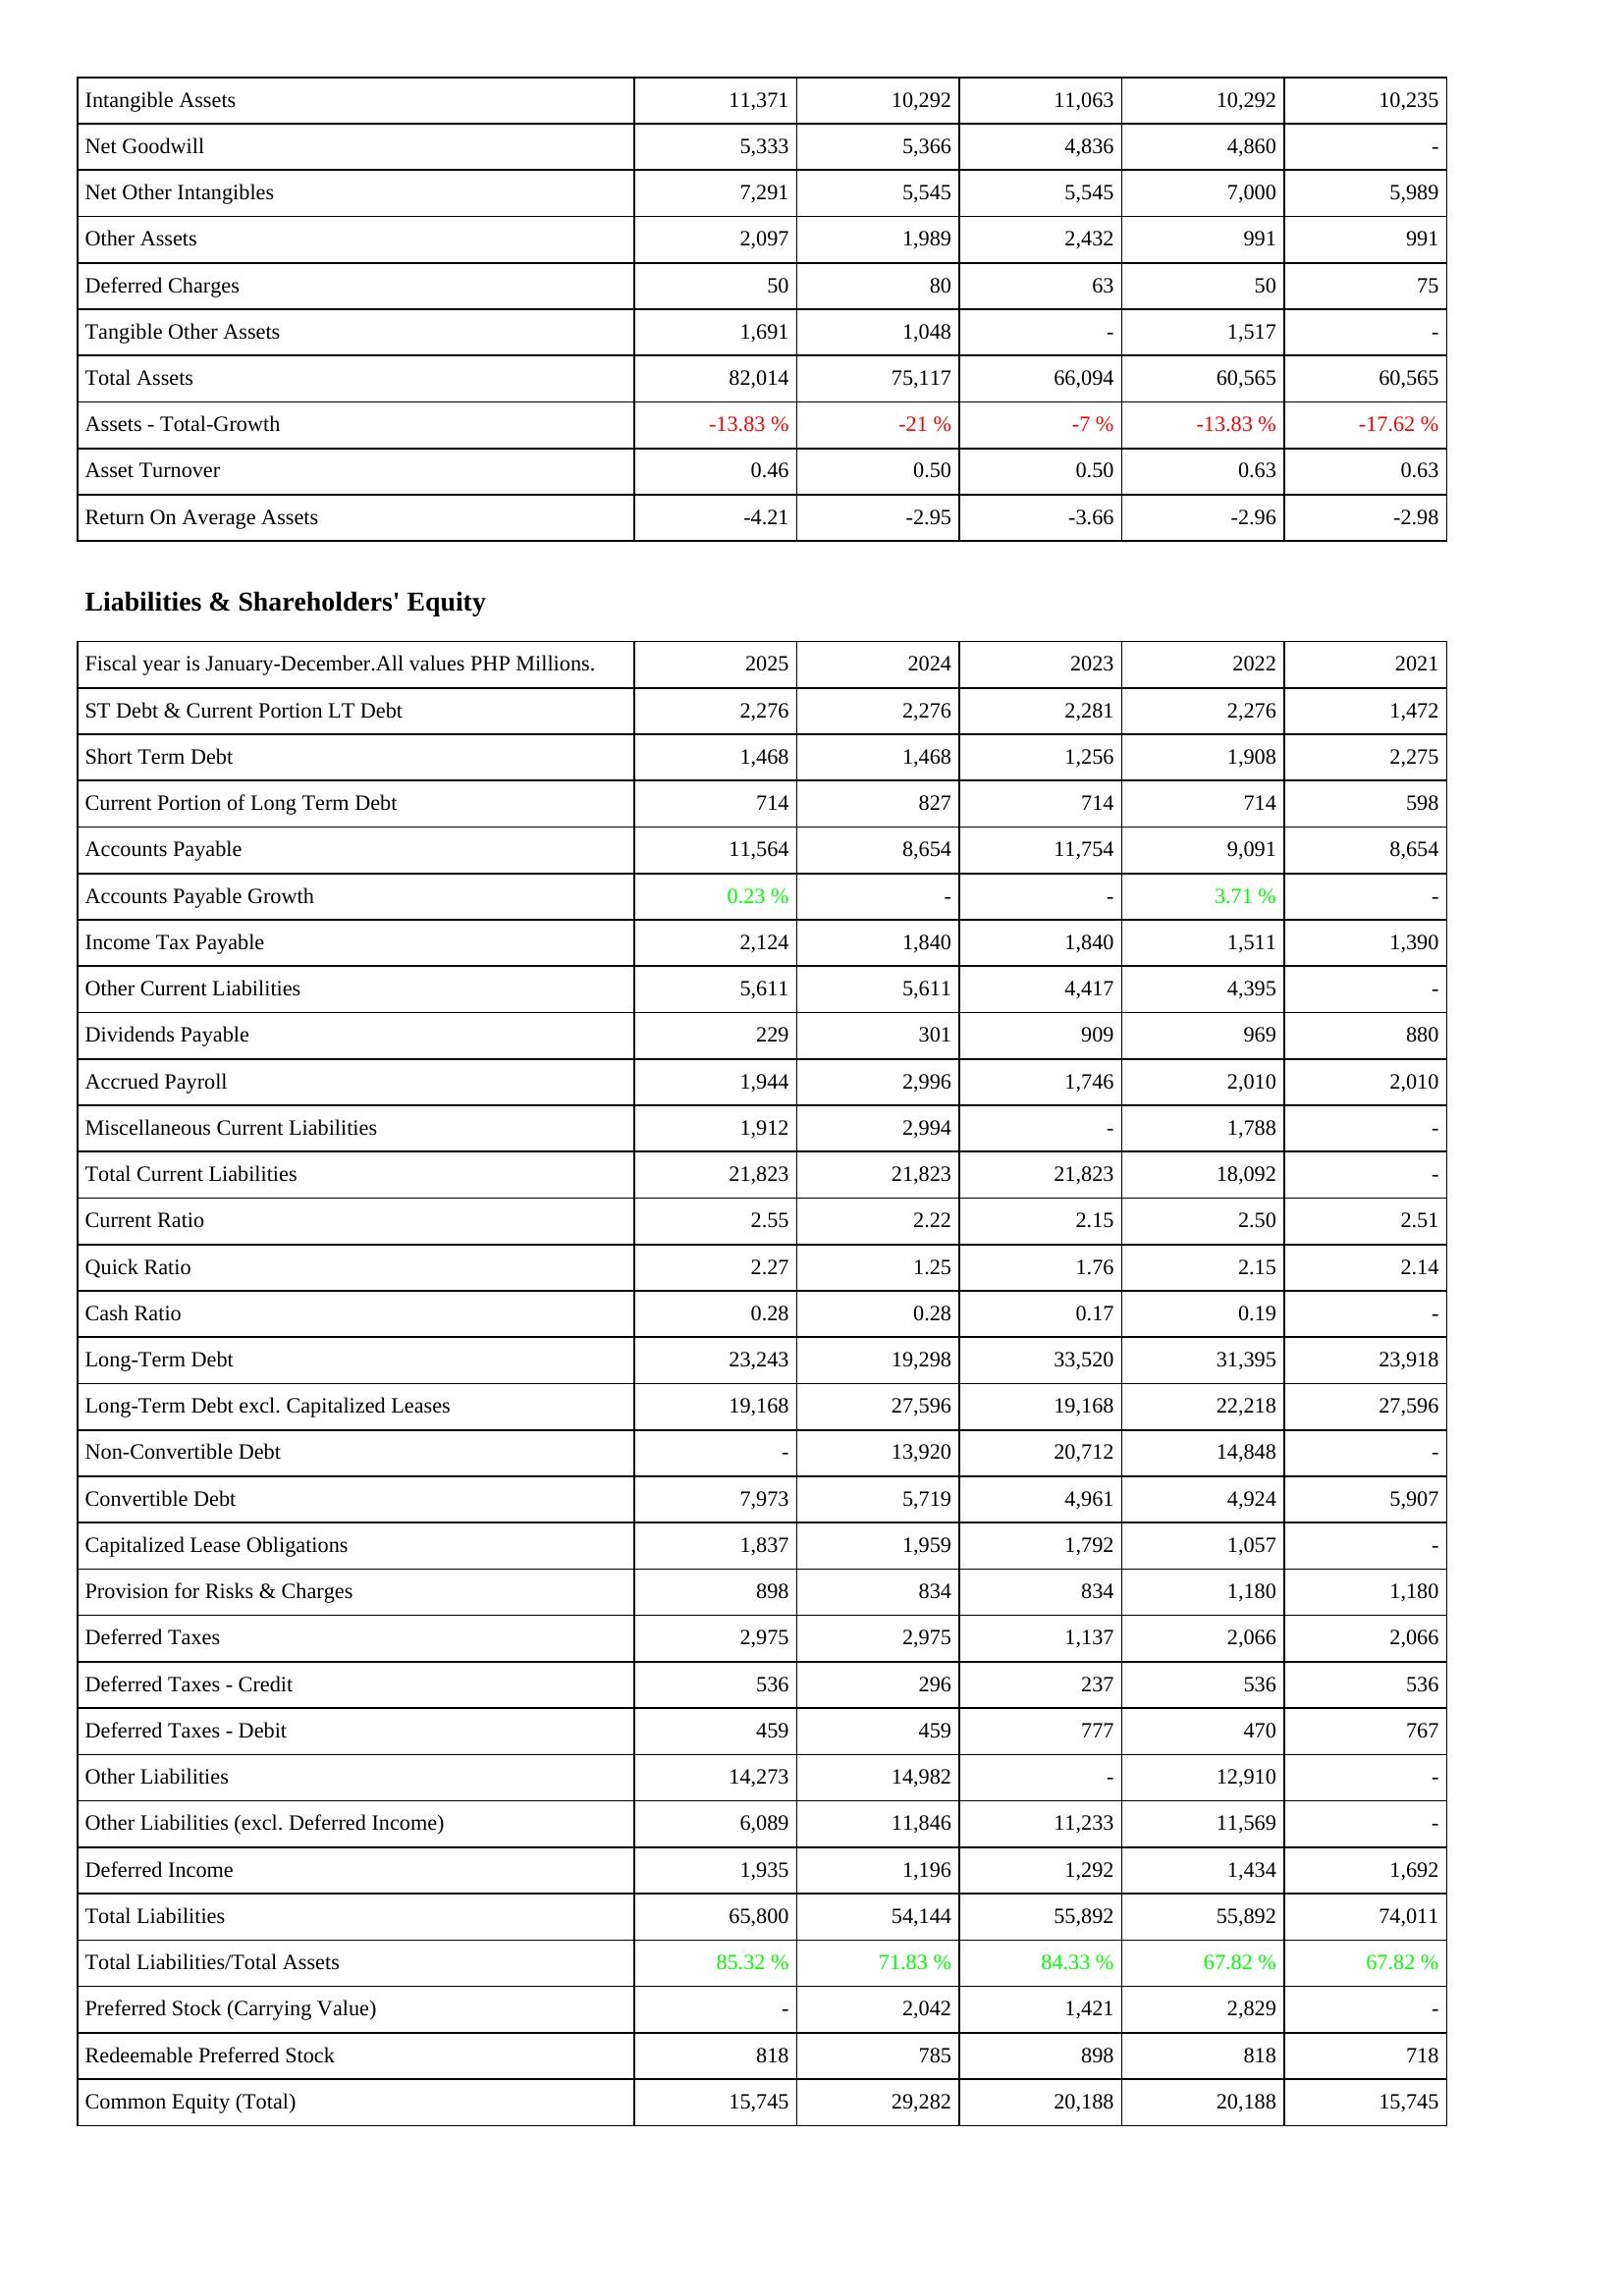
2025: Assets: Intangible Assets: 11,371
Net Goodwill: 5,333
Net Other Intangibles: 7,291
Other Assets: 2,097
Deferred Charges: 50
Tangible Other Assets: 1,691
Total Assets: 82,014
Assets - Total-Growth: -13.83 %
Asset Turnover: 0.46
Return On Average Assets: -4.21
Liabilities & Shareholders' Equity: ST Debt & Current Portion LT Debt: 2,276
Short Term Debt: 1,468
Current Portion of Long Term Debt: 714
Accounts Payable: 11,564
Accounts Payable Growth: 0.23 %
Income Tax Payable: 2,124
Other Current Liabilities: 5,611
Dividends Payable: 229
Accrued Payroll: 1,944
Miscellaneous Current Liabilities: 1,912
Total Current Liabilities: 21,823
Current Ratio: 2.55
Quick Ratio: 2.27
Cash Ratio: 0.28
Long-Term Debt: 23,243
Long-Term Debt excl. Capitalized Leases: 19,168
Non-Convertible Debt: -
Convertible Debt: 7,973
Capitalized Lease Obligations: 1,837
Provision for Risks & Charges: 898
Deferred Taxes: 2,975
Deferred Taxes - Credit: 536
Deferred Taxes - Debit: 459
Other Liabilities: 14,273
Other Liabilities (excl. Deferred Income): 6,089
Deferred Income: 1,935
Total Liabilities: 65,800
Total Liabilities/Total Assets: 85.32 %
Preferred Stock (Carrying Value): -
Redeemable Preferred Stock: 818
Common Equity (Total): 15,745
2024: Assets: Intangible Assets: 10,292
Net Goodwill: 5,366
Net Other Intangibles: 5,545
Other Assets: 1,989
Deferred Charges: 80
Tangible Other Assets: 1,048
Total Assets: 75,117
Assets - Total-Growth: -21 %
Asset Turnover: 0.50
Return On Average Assets: -2.95
Liabilities & Shareholders' Equity: ST Debt & Current Portion LT Debt: 2,276
Short Term Debt: 1,468
Current Portion of Long Term Debt: 827
Accounts Payable: 8,654
Accounts Payable Growth: -
Income Tax Payable: 1,840
Other Current Liabilities: 5,611
Dividends Payable: 301
Accrued Payroll: 2,996
Miscellaneous Current Liabilities: 2,994
Total Current Liabilities: 21,823
Current Ratio: 2.22
Quick Ratio: 1.25
Cash Ratio: 0.28
Long-Term Debt: 19,298
Long-Term Debt excl. Capitalized Leases: 27,596
Non-Convertible Debt: 13,920
Convertible Debt: 5,719
Capitalized Lease Obligations: 1,959
Provision for Risks & Charges: 834
Deferred Taxes: 2,975
Deferred Taxes - Credit: 296
Deferred Taxes - Debit: 459
Other Liabilities: 14,982
Other Liabilities (excl. Deferred Income): 11,846
Deferred Income: 1,196
Total Liabilities: 54,144
Total Liabilities/Total Assets: 71.83 %
Preferred Stock (Carrying Value): 2,042
Redeemable Preferred Stock: 785
Common Equity (Total): 29,282
2023: Assets: Intangible Assets: 11,063
Net Goodwill: 4,836
Net Other Intangibles: 5,545
Other Assets: 2,432
Deferred Charges: 63
Tangible Other Assets: -
Total Assets: 66,094
Assets - Total-Growth: -7 %
Asset Turnover: 0.50
Return On Average Assets: -3.66
Liabilities & Shareholders' Equity: ST Debt & Current Portion LT Debt: 2,281
Short Term Debt: 1,256
Current Portion of Long Term Debt: 714
Accounts Payable: 11,754
Accounts Payable Growth: -
Income Tax Payable: 1,840
Other Current Liabilities: 4,417
Dividends Payable: 909
Accrued Payroll: 1,746
Miscellaneous Current Liabilities: -
Total Current Liabilities: 21,823
Current Ratio: 2.15
Quick Ratio: 1.76
Cash Ratio: 0.17
Long-Term Debt: 33,520
Long-Term Debt excl. Capitalized Leases: 19,168
Non-Convertible Debt: 20,712
Convertible Debt: 4,961
Capitalized Lease Obligations: 1,792
Provision for Risks & Charges: 834
Deferred Taxes: 1,137
Deferred Taxes - Credit: 237
Deferred Taxes - Debit: 777
Other Liabilities: -
Other Liabilities (excl. Deferred Income): 11,233
Deferred Income: 1,292
Total Liabilities: 55,892
Total Liabilities/Total Assets: 84.33 %
Preferred Stock (Carrying Value): 1,421
Redeemable Preferred Stock: 898
Common Equity (Total): 20,188
2022: Assets: Intangible Assets: 10,292
Net Goodwill: 4,860
Net Other Intangibles: 7,000
Other Assets: 991
Deferred Charges: 50
Tangible Other Assets: 1,517
Total Assets: 60,565
Assets - Total-Growth: -13.83 %
Asset Turnover: 0.63
Return On Average Assets: -2.96
Liabilities & Shareholders' Equity: ST Debt & Current Portion LT Debt: 2,276
Short Term Debt: 1,908
Current Portion of Long Term Debt: 714
Accounts Payable: 9,091
Accounts Payable Growth: 3.71 %
Income Tax Payable: 1,511
Other Current Liabilities: 4,395
Dividends Payable: 969
Accrued Payroll: 2,010
Miscellaneous Current Liabilities: 1,788
Total Current Liabilities: 18,092
Current Ratio: 2.50
Quick Ratio: 2.15
Cash Ratio: 0.19
Long-Term Debt: 31,395
Long-Term Debt excl. Capitalized Leases: 22,218
Non-Convertible Debt: 14,848
Convertible Debt: 4,924
Capitalized Lease Obligations: 1,057
Provision for Risks & Charges: 1,180
Deferred Taxes: 2,066
Deferred Taxes - Credit: 536
Deferred Taxes - Debit: 470
Other Liabilities: 12,910
Other Liabilities (excl. Deferred Income): 11,569
Deferred Income: 1,434
Total Liabilities: 55,892
Total Liabilities/Total Assets: 67.82 %
Preferred Stock (Carrying Value): 2,829
Redeemable Preferred Stock: 818
Common Equity (Total): 20,188
2021: Assets: Intangible Assets: 10,235
Net Goodwill: -
Net Other Intangibles: 5,989
Other Assets: 991
Deferred Charges: 75
Tangible Other Assets: -
Total Assets: 60,565
Assets - Total-Growth: -17.62 %
Asset Turnover: 0.63
Return On Average Assets: -2.98
Liabilities & Shareholders' Equity: ST Debt & Current Portion LT Debt: 1,472
Short Term Debt: 2,275
Current Portion of Long Term Debt: 598
Accounts Payable: 8,654
Accounts Payable Growth: -
Income Tax Payable: 1,390
Other Current Liabilities: -
Dividends Payable: 880
Accrued Payroll: 2,010
Miscellaneous Current Liabilities: -
Total Current Liabilities: -
Current Ratio: 2.51
Quick Ratio: 2.14
Cash Ratio: -
Long-Term Debt: 23,918
Long-Term Debt excl. Capitalized Leases: 27,596
Non-Convertible Debt: -
Convertible Debt: 5,907
Capitalized Lease Obligations: -
Provision for Risks & Charges: 1,180
Deferred Taxes: 2,066
Deferred Taxes - Credit: 536
Deferred Taxes - Debit: 767
Other Liabilities: -
Other Liabilities (excl. Deferred Income): -
Deferred Income: 1,692
Total Liabilities: 74,011
Total Liabilities/Total Assets: 67.82 %
Preferred Stock (Carrying Value): -
Redeemable Preferred Stock: 718
Common Equity (Total): 15,745